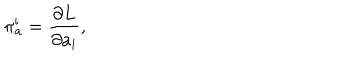
\pi _ { \mathrm { a } } ^ { \mathrm { i } } = { \frac { \partial L } { \partial \dot { a } _ { \mathrm { i } } } } ,